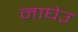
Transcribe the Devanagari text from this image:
नाघेउ